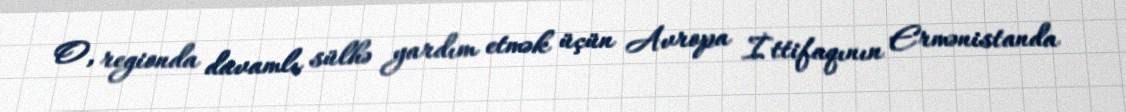
O, regionda davamlı sülhə yardım etmək üçün Avropa İttifaqının Ermənistanda